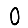
Digit: 0